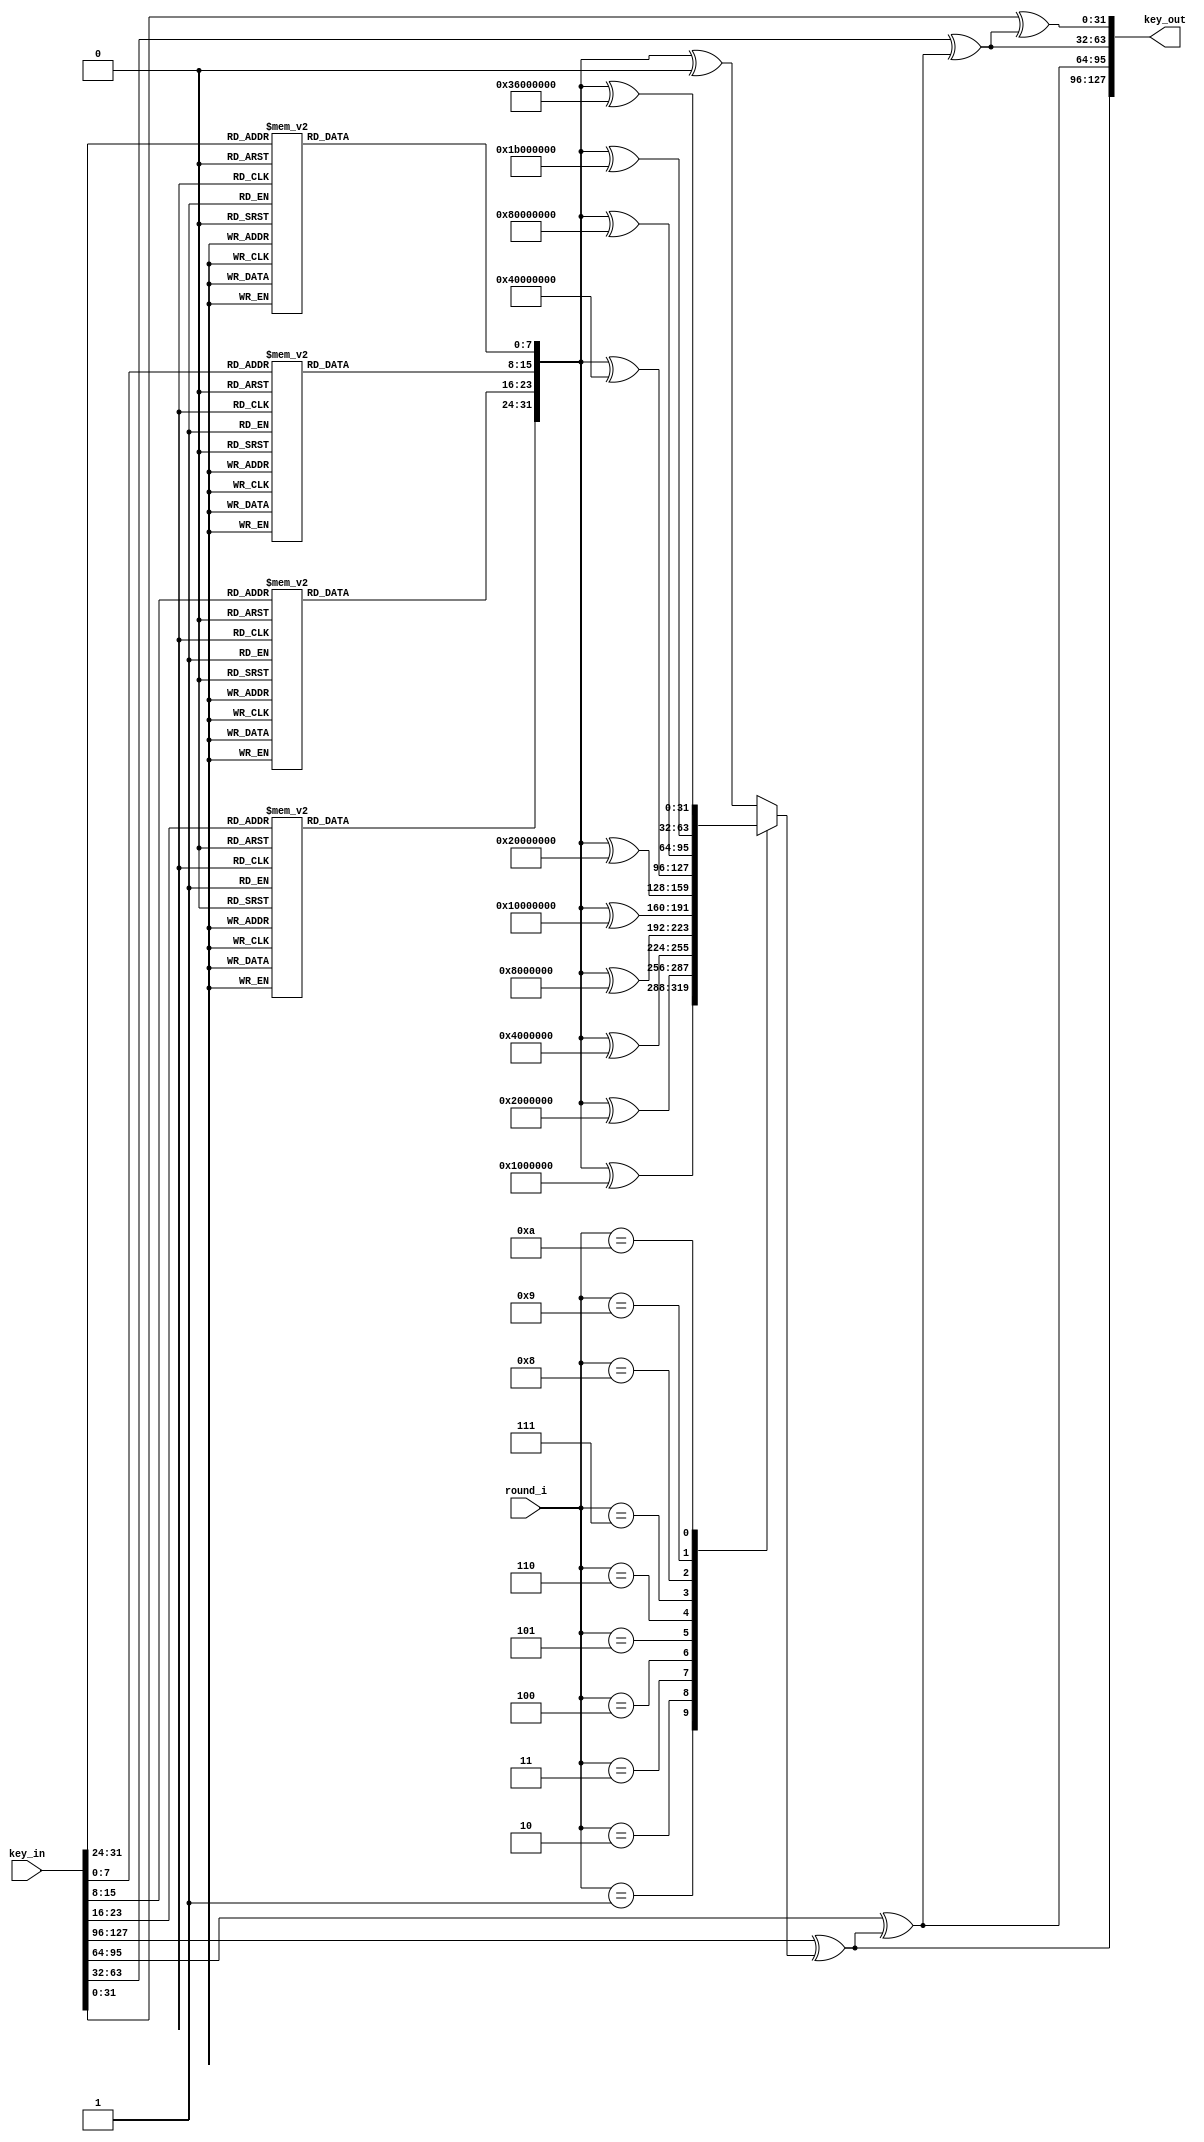
module keyExpansion (
    input [127:0] key_in,
    input [3:0] round_i, // used to check which round_const array used in rCon function
    output [127:0] key_out
);

wire [31:0] afterSW; // save result after subWords
wire [31:0] afterRW; // save result after rotWords
wire [31:0] afterRC; // save result after rConv


assign afterRW = rotWord(key_in[31:0]);
assign afterSW = subWord(afterRW);
assign afterRC = rCon(afterSW, round_i);
assign key_out[127:96] = key_in[127:96] ^ afterRC;
assign key_out[95:64] = key_in[95:64] ^ key_out[127:96];
assign key_out[63:32] = key_in[63:32] ^ key_out[95:64];
assign key_out[31:0] = key_in[31:0] ^ key_out[63:32];

// match the sBox table for the subWord function
function [7:0] sb(input [7:0] in);
    begin
        case (in)
            8'h00: sb=8'h63; 8'h01: sb=8'h7c; 8'h02: sb=8'h77; 8'h03: sb=8'h7b; 8'h04: sb=8'hf2; 8'h05: sb=8'h6b; 8'h06: sb=8'h6f; 8'h07: sb=8'hc5;
            8'h08: sb=8'h30; 8'h09: sb=8'h01; 8'h0a: sb=8'h67; 8'h0b: sb=8'h2b; 8'h0c: sb=8'hfe; 8'h0d: sb=8'hd7; 8'h0e: sb=8'hab; 8'h0f: sb=8'h76;
            8'h10: sb=8'hca; 8'h11: sb=8'h82; 8'h12: sb=8'hc9; 8'h13: sb=8'h7d; 8'h14: sb=8'hfa; 8'h15: sb=8'h59; 8'h16: sb=8'h47; 8'h17: sb=8'hf0;
            8'h18: sb=8'had; 8'h19: sb=8'hd4; 8'h1a: sb=8'ha2; 8'h1b: sb=8'haf; 8'h1c: sb=8'h9c; 8'h1d: sb=8'ha4; 8'h1e: sb=8'h72; 8'h1f: sb=8'hc0;
            8'h20: sb=8'hb7; 8'h21: sb=8'hfd; 8'h22: sb=8'h93; 8'h23: sb=8'h26; 8'h24: sb=8'h36; 8'h25: sb=8'h3f; 8'h26: sb=8'hf7; 8'h27: sb=8'hcc;
            8'h28: sb=8'h34; 8'h29: sb=8'ha5; 8'h2a: sb=8'he5; 8'h2b: sb=8'hf1; 8'h2c: sb=8'h71; 8'h2d: sb=8'hd8; 8'h2e: sb=8'h31; 8'h2f: sb=8'h15;
            8'h30: sb=8'h04; 8'h31: sb=8'hc7; 8'h32: sb=8'h23; 8'h33: sb=8'hc3; 8'h34: sb=8'h18; 8'h35: sb=8'h96; 8'h36: sb=8'h05; 8'h37: sb=8'h9a;
            8'h38: sb=8'h07; 8'h39: sb=8'h12; 8'h3a: sb=8'h80; 8'h3b: sb=8'he2; 8'h3c: sb=8'heb; 8'h3d: sb=8'h27; 8'h3e: sb=8'hb2; 8'h3f: sb=8'h75;
            8'h40: sb=8'h09; 8'h41: sb=8'h83; 8'h42: sb=8'h2c; 8'h43: sb=8'h1a; 8'h44: sb=8'h1b; 8'h45: sb=8'h6e; 8'h46: sb=8'h5a; 8'h47: sb=8'ha0;
            8'h48: sb=8'h52; 8'h49: sb=8'h3b; 8'h4a: sb=8'hd6; 8'h4b: sb=8'hb3; 8'h4c: sb=8'h29; 8'h4d: sb=8'he3; 8'h4e: sb=8'h2f; 8'h4f: sb=8'h84;
            8'h50: sb=8'h53; 8'h51: sb=8'hd1; 8'h52: sb=8'h00; 8'h53: sb=8'hed; 8'h54: sb=8'h20; 8'h55: sb=8'hfc; 8'h56: sb=8'hb1; 8'h57: sb=8'h5b;
            8'h58: sb=8'h6a; 8'h59: sb=8'hcb; 8'h5a: sb=8'hbe; 8'h5b: sb=8'h39; 8'h5c: sb=8'h4a; 8'h5d: sb=8'h4c; 8'h5e: sb=8'h58; 8'h5f: sb=8'hcf;
            8'h60: sb=8'hd0; 8'h61: sb=8'hef; 8'h62: sb=8'haa; 8'h63: sb=8'hfb; 8'h64: sb=8'h43; 8'h65: sb=8'h4d; 8'h66: sb=8'h33; 8'h67: sb=8'h85;
            8'h68: sb=8'h45; 8'h69: sb=8'hf9; 8'h6a: sb=8'h02; 8'h6b: sb=8'h7f; 8'h6c: sb=8'h50; 8'h6d: sb=8'h3c; 8'h6e: sb=8'h9f; 8'h6f: sb=8'ha8;
            8'h70: sb=8'h51; 8'h71: sb=8'ha3; 8'h72: sb=8'h40; 8'h73: sb=8'h8f; 8'h74: sb=8'h92; 8'h75: sb=8'h9d; 8'h76: sb=8'h38; 8'h77: sb=8'hf5;
            8'h78: sb=8'hbc; 8'h79: sb=8'hb6; 8'h7a: sb=8'hda; 8'h7b: sb=8'h21; 8'h7c: sb=8'h10; 8'h7d: sb=8'hff; 8'h7e: sb=8'hf3; 8'h7f: sb=8'hd2;
            8'h80: sb=8'hcd; 8'h81: sb=8'h0c; 8'h82: sb=8'h13; 8'h83: sb=8'hec; 8'h84: sb=8'h5f; 8'h85: sb=8'h97; 8'h86: sb=8'h44; 8'h87: sb=8'h17;
            8'h88: sb=8'hc4; 8'h89: sb=8'ha7; 8'h8a: sb=8'h7e; 8'h8b: sb=8'h3d; 8'h8c: sb=8'h64; 8'h8d: sb=8'h5d; 8'h8e: sb=8'h19; 8'h8f: sb=8'h73;
            8'h90: sb=8'h60; 8'h91: sb=8'h81; 8'h92: sb=8'h4f; 8'h93: sb=8'hdc; 8'h94: sb=8'h22; 8'h95: sb=8'h2a; 8'h96: sb=8'h90; 8'h97: sb=8'h88;
            8'h98: sb=8'h46; 8'h99: sb=8'hee; 8'h9a: sb=8'hb8; 8'h9b: sb=8'h14; 8'h9c: sb=8'hde; 8'h9d: sb=8'h5e; 8'h9e: sb=8'h0b; 8'h9f: sb=8'hdb;
            8'ha0: sb=8'he0; 8'ha1: sb=8'h32; 8'ha2: sb=8'h3a; 8'ha3: sb=8'h0a; 8'ha4: sb=8'h49; 8'ha5: sb=8'h06; 8'ha6: sb=8'h24; 8'ha7: sb=8'h5c;
            8'ha8: sb=8'hc2; 8'ha9: sb=8'hd3; 8'haa: sb=8'hac; 8'hab: sb=8'h62; 8'hac: sb=8'h91; 8'had: sb=8'h95; 8'hae: sb=8'he4; 8'haf: sb=8'h79;
            8'hb0: sb=8'he7; 8'hb1: sb=8'hc8; 8'hb2: sb=8'h37; 8'hb3: sb=8'h6d; 8'hb4: sb=8'h8d; 8'hb5: sb=8'hd5; 8'hb6: sb=8'h4e; 8'hb7: sb=8'ha9;
            8'hb8: sb=8'h6c; 8'hb9: sb=8'h56; 8'hba: sb=8'hf4; 8'hbb: sb=8'hea; 8'hbc: sb=8'h65; 8'hbd: sb=8'h7a; 8'hbe: sb=8'hae; 8'hbf: sb=8'h08;
            8'hc0: sb=8'hba; 8'hc1: sb=8'h78; 8'hc2: sb=8'h25; 8'hc3: sb=8'h2e; 8'hc4: sb=8'h1c; 8'hc5: sb=8'ha6; 8'hc6: sb=8'hb4; 8'hc7: sb=8'hc6;
            8'hc8: sb=8'he8; 8'hc9: sb=8'hdd; 8'hca: sb=8'h74; 8'hcb: sb=8'h1f; 8'hcc: sb=8'h4b; 8'hcd: sb=8'hbd; 8'hce: sb=8'h8b; 8'hcf: sb=8'h8a;
            8'hd0: sb=8'h70; 8'hd1: sb=8'h3e; 8'hd2: sb=8'hb5; 8'hd3: sb=8'h66; 8'hd4: sb=8'h48; 8'hd5: sb=8'h03; 8'hd6: sb=8'hf6; 8'hd7: sb=8'h0e;
            8'hd8: sb=8'h61; 8'hd9: sb=8'h35; 8'hda: sb=8'h57; 8'hdb: sb=8'hb9; 8'hdc: sb=8'h86; 8'hdd: sb=8'hc1; 8'hde: sb=8'h1d; 8'hdf: sb=8'h9e;
            8'he0: sb=8'he1; 8'he1: sb=8'hf8; 8'he2: sb=8'h98; 8'he3: sb=8'h11; 8'he4: sb=8'h69; 8'he5: sb=8'hd9; 8'he6: sb=8'h8e; 8'he7: sb=8'h94;
            8'he8: sb=8'h9b; 8'he9: sb=8'h1e; 8'hea: sb=8'h87; 8'heb: sb=8'he9; 8'hec: sb=8'hce; 8'hed: sb=8'h55; 8'hee: sb=8'h28; 8'hef: sb=8'hdf;
            8'hf0: sb=8'h8c; 8'hf1: sb=8'ha1; 8'hf2: sb=8'h89; 8'hf3: sb=8'h0d; 8'hf4: sb=8'hbf; 8'hf5: sb=8'he6; 8'hf6: sb=8'h42; 8'hf7: sb=8'h68;
            8'hf8: sb=8'h41; 8'hf9: sb=8'h99; 8'hfa: sb=8'h2d; 8'hfb: sb=8'h0f; 8'hfc: sb=8'hb0; 8'hfd: sb=8'h54; 8'hfe: sb=8'hbb; 8'hff: sb=8'h16;
	endcase
    end
endfunction

// subWord function apply the s-box table to each byte in the word
function [31:0] subWord(input [31:0] word);
    begin
        subWord[7:0]   = sb(word[7:0]);
        subWord[15:8]  = sb(word[15:8]);
        subWord[23:16] = sb(word[23:16]);
        subWord[31:24] = sb(word[31:24]);
    end
endfunction

// rotWord function performs the cyclic permutation
function [31:0] rotWord(input [31:0] word);
    begin
        rotWord = {word[23:0], word[31:24]};
    end
endfunction

// rCon function XOR the constant word array
function [31:0] rCon(input [31:0] word, input [3:0] round_i);
    begin
        case (round_i)
            1: rCon  = word ^ 32'h01000000;
            2: rCon  = word ^ 32'h02000000;
            3: rCon  = word ^ 32'h04000000;
            4: rCon  = word ^ 32'h08000000;
            5: rCon  = word ^ 32'h10000000;
            6: rCon  = word ^ 32'h20000000;
            7: rCon  = word ^ 32'h40000000;
            8: rCon  = word ^ 32'h80000000;
            9: rCon  = word ^ 32'h1b000000;
            10: rCon = word ^ 32'h36000000;
            default: rCon = word ^ 32'h00000000;
        endcase
    end
endfunction

endmodule